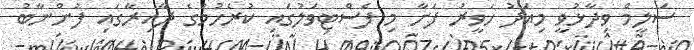
ސަލީމް ވިދާޅުވީ މިއަދު ހަވީރު ފަށާ މި ފެސްޓިވަލުގައި ކުރެހުމުގެ ދާއިރާގައި ފުންނާބު